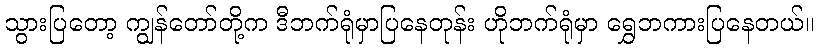
သွားပြတော့ ကျွန်တော်တို့က ဒီဘက်ရုံမှာပြနေတုန်း ဟိုဘက်ရုံမှာ ရွှေဘကားပြနေတယ်။